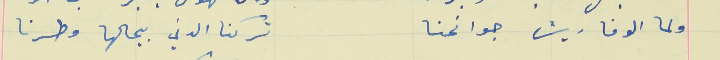
ولما الوفا ريش جوانحنا                                تركنا الدني بيحالها وطرنا